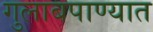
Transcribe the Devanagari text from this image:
गुलाबपाण्यात